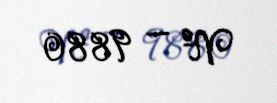
№ — 9880